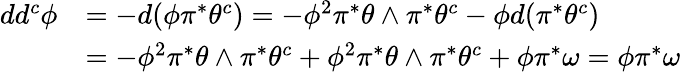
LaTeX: \begin{array}{rl}{dd^{c}\phi}&{=-d(\phi\pi^{*}\theta^{c})=-\phi^{2}\pi^{*}\theta\wedge\pi^{*}\theta^{c}-\phi d(\pi^{*}\theta^{c})}\\ &{=-\phi^{2}\pi^{*}\theta\wedge\pi^{*}\theta^{c}+\phi^{2}\pi^{*}\theta\wedge\pi^{*}\theta^{c}+\phi\pi^{*}\omega=\phi\pi^{*}\omega}\end{array}